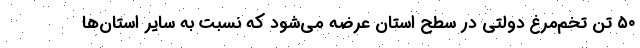
۵۰ تُن تخم‌مرغ دولتی در سطح استان عرضه می‌شود که نسبت به سایر استان‌ها